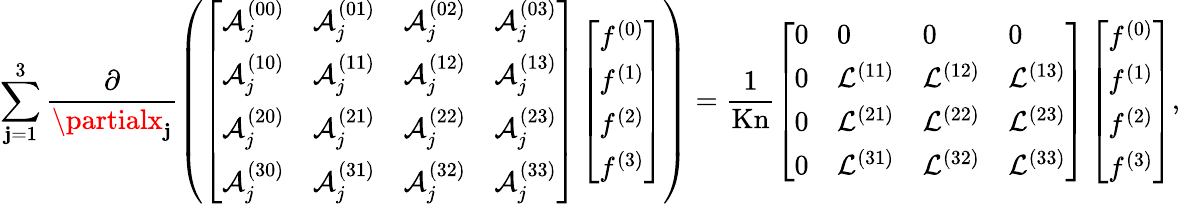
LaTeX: \sum_{\mathbf{j}=1}^{3}\frac{{\partial}}{{\partialx_{\mathbf{j}}}}\left(\left[\begin{array}{llll}{\mathcal{A}_{j}^{(00)}}&{\mathcal{A}_{j}^{(01)}}&{\mathcal{A}_{j}^{(02)}}&{\mathcal{A}_{j}^{(03)}}\\ {\mathcal{A}_{j}^{(10)}}&{\mathcal{A}_{j}^{(11)}}&{\mathcal{A}_{j}^{(12)}}&{\mathcal{A}_{j}^{(13)}}\\ {\mathcal{A}_{j}^{(20)}}&{\mathcal{A}_{j}^{(21)}}&{\mathcal{A}_{j}^{(22)}}&{\mathcal{A}_{j}^{(23)}}\\ {\mathcal{A}_{j}^{(30)}}&{\mathcal{A}_{j}^{(31)}}&{\mathcal{A}_{j}^{(32)}}&{\mathcal{A}_{j}^{(33)}}\end{array}\right]\left[\begin{array}{l}{f^{(0)}}\\ {f^{(1)}}\\ {f^{(2)}}\\ {f^{(3)}}\end{array}\right]\right)=\frac{{1}}{{\mathrm{{Kn}}}}\left[\begin{array}{llll}{0}&{0}&{0}&{0}\\ {0}&{\mathcal{L}^{(11)}}&{\mathcal{L}^{(12)}}&{\mathcal{L}^{(13)}}\\ {0}&{\mathcal{L}^{(21)}}&{\mathcal{L}^{(22)}}&{\mathcal{L}^{(23)}}\\ {0}&{\mathcal{L}^{(31)}}&{\mathcal{L}^{(32)}}&{\mathcal{L}^{(33)}}\end{array}\right]\left[\begin{array}{l}{f^{(0)}}\\ {f^{(1)}}\\ {f^{(2)}}\\ {f^{(3)}}\end{array}\right],